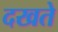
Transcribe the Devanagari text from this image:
दखते